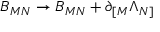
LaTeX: B _ { M N } \rightarrow B _ { M N } + \partial _ { [ M } \Lambda _ { N ] }